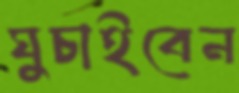
ঘুচাইবেন